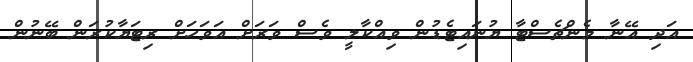
އަދި އޭނާ މެންޗެސްޓާ ޔުނައިޓެޑުން ވިއްކާލީ ވެސް ވަރަށް އަވަހަށް ރިޓަޔާކުރަން ބޭނުން